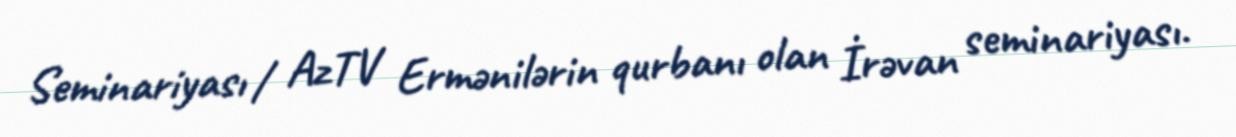
Seminariyası / AzTV Ermənilərin qurbanı olan İrəvan seminariyası.